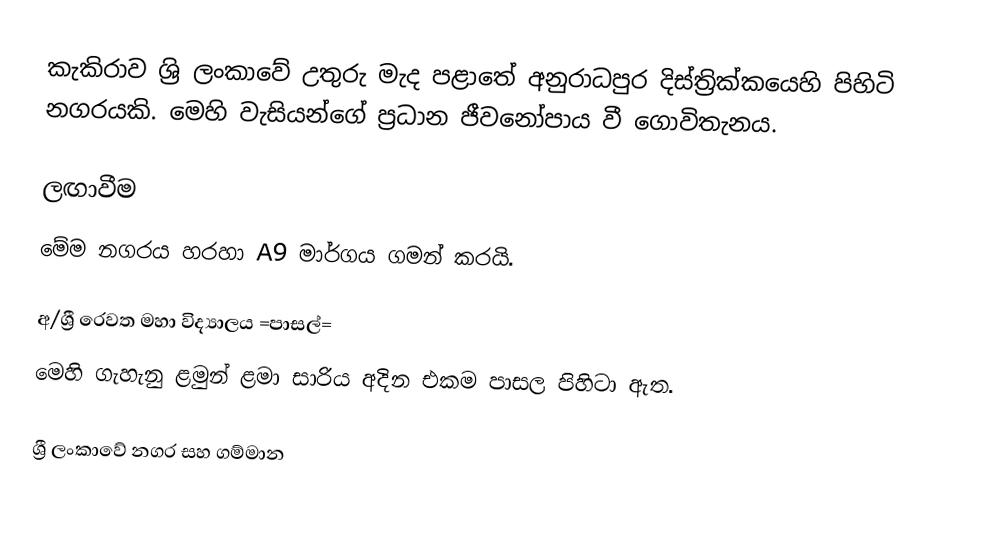
කැකිරාව ශ්‍රි ලංකාවේ උතුරු මැද පළාතේ අනුරාධපුර දිස්ත්‍රික්කයෙහි පිහිටි නගරයකි. මෙහි වැසියන්ගේ ප්‍රධාන ජීවනෝපාය වී ගොවිතැනය.

ලඟාවීම
මේම නගරය හරහා A9 මාර්ගය ගමන් කරයි.

අ/ශ්‍රී රෙවත මහා විද්‍යාලය =පාසල්=
මෙහි ගැහැනු ළමුන් ළමා සාරිය අදින එකම පාසල පිහිටා ඇත.

ශ්‍රී ලංකාවේ නගර සහ ගම්මාන